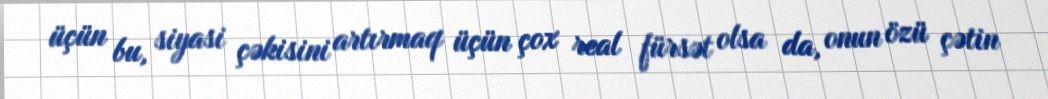
üçün bu, siyasi çəkisini artırmaq üçün çox real fürsət olsa da, onun özü çətin